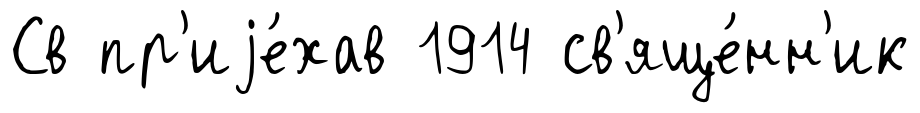
Св пр'иjе́хав 1914 св'яще́нн'ик